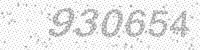
Solution: 930654